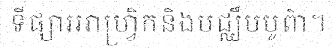
ទីផ្សារអាហ្វ្រិកនិងមជ្ឈឹមបូព៌ា។